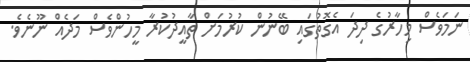
ނަމަވެސް މިހާރުގެ ދިދަ އެގޮތުގައި ބޭނުން ކުރުމަށް ތާއީދުކުރާ މީހުންވެސް މަދެއް ނޫނެވެ.